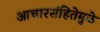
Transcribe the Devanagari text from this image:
आचारसंहितेमुळे